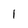
Character: 1